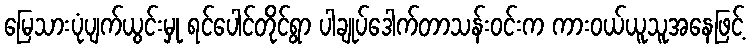
မြေသားပုံပျက်ယွင်းမှု ရင်ပေါင်တိုင်ရွာ ပါချုပ်ဒေါက်တာသန်းဝင်းက ကားဝယ်ယူသူအနေဖြင့်